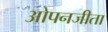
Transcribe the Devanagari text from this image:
ओपनजीता